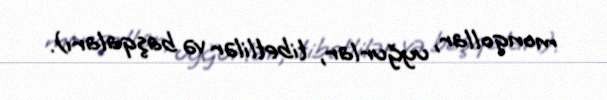
monqollar, uyğurlar, tibetlilər və başqaları).